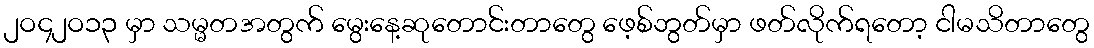
၂ဝ၄၂ဝ၁၃ မှာ သမ္မတအတွက် မွေးနေ့ဆုတောင်းတာတွေ ဖေ့စ်ဘွတ်မှာ ဖတ်လိုက်ရတော့ ငါမသိတာတွေ